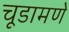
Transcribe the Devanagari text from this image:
चूडामणे